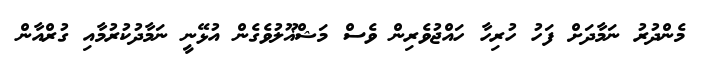
މެންދުރު ނަމާދަށް ފަހު ހުރިހާ ހައްޖުވެރިން ވެސް މަޝްޣޫލުވެގެން އުޅޭނީ ނަމާދުކުރުމާއި ގުރްއާން